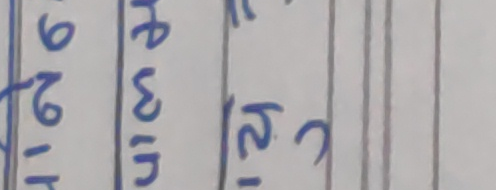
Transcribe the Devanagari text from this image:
६९१
४३५
१२८